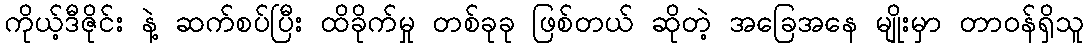
ကိုယ့်ဒီဇိုင်း နဲ့ ဆက်စပ်ပြီး ထိခိုက်မှု တစ်ခုခု ဖြစ်တယ် ဆိုတဲ့ အခြေအနေ မျိုးမှာ တာဝန်ရှိသူ